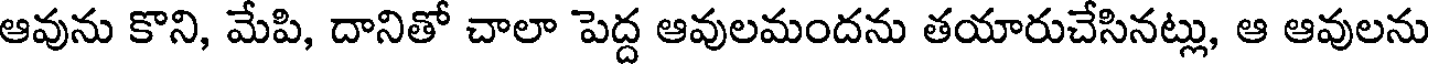
ఆవును కొని, మేపి, దానితో చాలా పెద్ద ఆవులమందను తయారుచేసినట్లు, ఆ ఆవులను